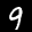
Label: 9